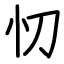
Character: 忉